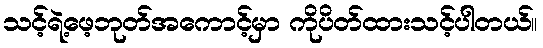
သင့်ရဲ့ဖေ့ဘုတ်အကောင့်မှာ ကိုပိတ်ထားသင့်ပါတယ်။